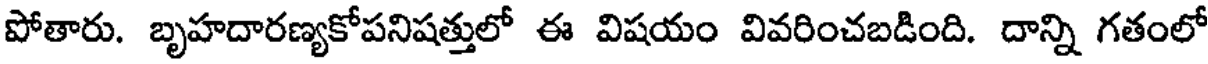
పోతారు. బృహదారణ్యకోపనిషత్తులో ఈ విషయం వివరించబడింది. దాన్ని గతంలో